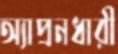
অ্যাপ্রনধারী